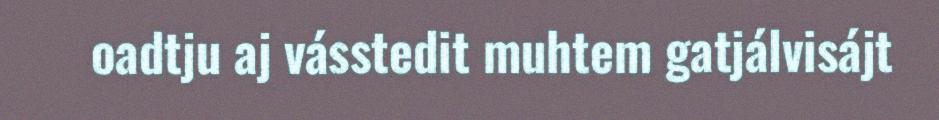
oadtju aj vásstedit muhtem gatjálvisájt